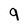
Character: 9